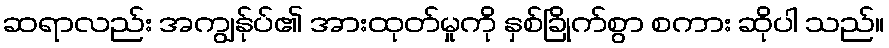
ဆရာလည်း အကျွန်ုပ်၏ အားထုတ်မှုကို နှစ်ခြိုက်စွာ စကား ဆိုပါ သည်။